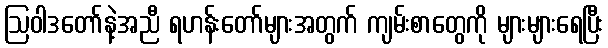
ဩဝါဒတော်နဲ့အညီ ရဟန်းတော်များအတွက် ကျမ်းစာတွေကို များများရေပြီး